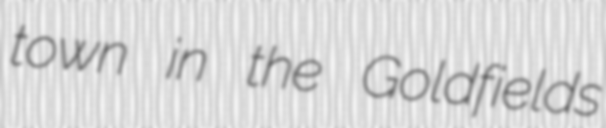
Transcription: town in the Goldfields